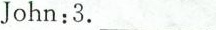
John:3.___